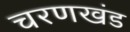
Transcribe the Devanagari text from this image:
चरणखंड